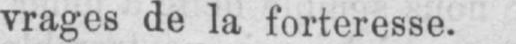
vrages de la forteresse.